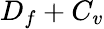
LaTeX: D_{f}+C_{v}